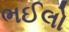
ભઈલો